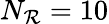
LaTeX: N_{\mathcal{R}}=10